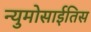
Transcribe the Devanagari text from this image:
न्युमोसाईतिस